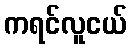
ကရင်လူငယ်